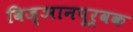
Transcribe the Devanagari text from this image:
विज्ञानपूर्वक